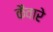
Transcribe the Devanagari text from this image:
कैवारे